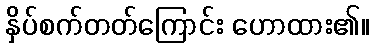
နှိပ်စက်တတ်ကြောင်း ဟောထား၏။